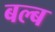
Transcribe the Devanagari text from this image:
बल्‍ब